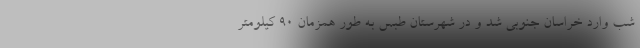
شب وارد خراسان جنوبی شد و در شهرستان طبس به طور همزمان ۹۰ کیلومتر